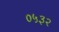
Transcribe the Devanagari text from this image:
०५३२